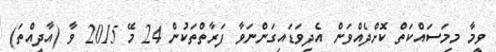
ވީމާ މިމަސައްކަތް ކޮށްދެއްވަން އެދިވަޑައިގަންނަވާ ފަރާތްތަކުން 24 މޭ 2015 ވާ (އާދީއްތަ)